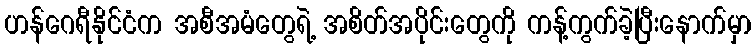
ဟန်ဂေရီနိုင်ငံက အစီအမံတွေရဲ့ အစိတ်အပိုင်းတွေကို ကန့်ကွက်ခဲ့ပြီးနောက်မှာ